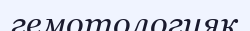
гемотологияқ